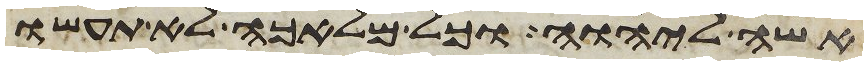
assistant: אשה ליהוה וכל מלאכה לא תעשו